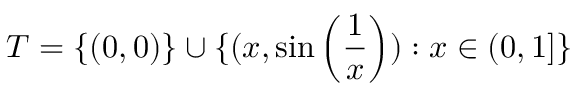
T = \{ ( 0 , 0 ) \} \cup \{ ( x , \sin \left( { \frac { 1 } { x } } \right) ) : x \in ( 0 , 1 ] \}